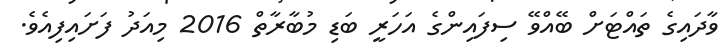
ވާދައިގެ ތައްޓަށް ބޭއްވޭ ސިފައިންގެ އަހަރީ ބަޑި މުބާރާތް 2016 މިއަދު ފަށައިފިއެވެ.